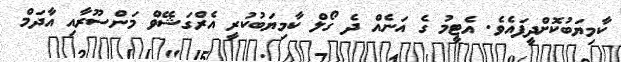
ކާމިޔަބުކޮށްދީފައެެވެ. އެޓީމު ގެ އަނެއް ދެ ގޯލް ކާމިޔަބުކުރީ އެރްގަޝޭވް މަންސޫރާއި އާދަމް